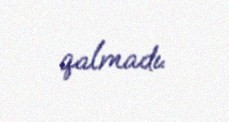
qalmadı.